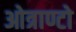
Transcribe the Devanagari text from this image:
ओत्राण्टो